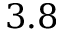
3 . 8